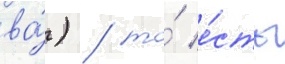
ва́) / то́ е́сть